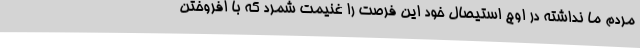
مردم ما نداشته در اوج استیصال خود این فرصت را غنیمت شمرد که با افروختن